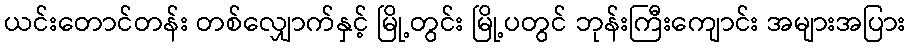
ယင်းတောင်တန်း တစ်လျှောက်နှင့် မြို့တွင်း မြို့ပတွင် ဘုန်းကြီးကျောင်း အများအပြား